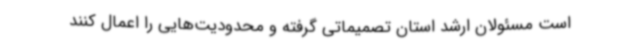
است مسئولان ارشد استان تصمیماتی گرفته و محدودیت‌هایی را اعمال کنند